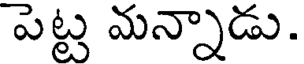
పెట్ట మన్నాడు.